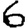
Digit: 6